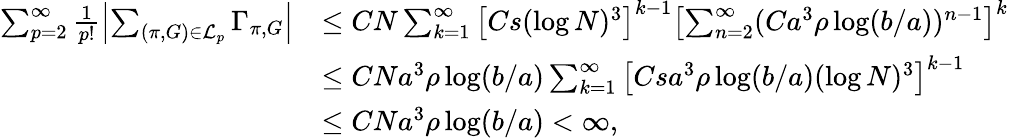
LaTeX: \begin{array}{rl}{\sum_{p=2}^{\infty}\frac{1}{p!}\left\vert\sum_{(\pi,G)\in\mathcal{L}_{p}}\Gamma_{\pi,G}\right\vert}&{\leq CN\sum_{k=1}^{\infty}\left[Cs(\log N)^{3}\right]^{k-1}\left[\sum_{n=2}^{\infty}(Ca^{3}\rho\log(b/a))^{n-1}\right]^{k}}\\ &{\leq CNa^{3}\rho\log(b/a)\sum_{k=1}^{\infty}\left[Csa^{3}\rho\log(b/a)(\log N)^{3}\right]^{k-1}}\\ &{\leq CNa^{3}\rho\log(b/a)<\infty,}\end{array}